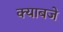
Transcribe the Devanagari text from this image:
क्याबजे